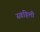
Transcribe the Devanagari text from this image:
स्वहिली